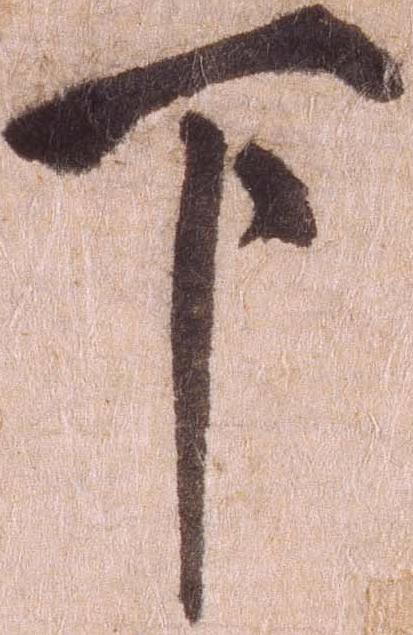
下